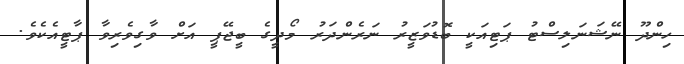
ހިންދޫ ނޭޝަނަލިސްޓު ޕަޓިއަކީ ބޮޑުވަޒީރު ނަރެންދަރު މޯދީގެ ބީޖޭޕީ އަށް ވާގިވެރިވާ ޕާޓީއެކެވެ.